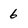
Character: 6